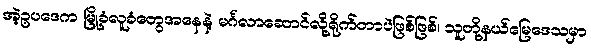
အဲ့ဥပဒေက မြို့ခံလူခံတွေအနေနဲ့ မင်္ဂလာဆောင်လို့ရိုက်တာပဲဖြစ်ဖြစ်၊ သူတို့နယ်မြေဒေသမှာ